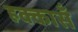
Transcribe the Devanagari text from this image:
हक्कासँ